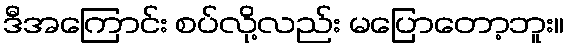
ဒီအကြောင်း စပ်လို့လည်း မပြောတော့ဘူး။